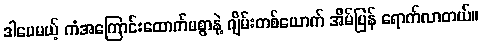
ဒါပေမယ့် ကံအကြောင်းထောက်မစွာနဲ့ ဂျိမ်းတစ်ယောက် အိမ်ပြန် ရောက်လာတယ်။